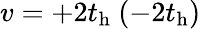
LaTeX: v=+2t_{\mathrm{h}}\ (-2t_{\mathrm{h}})